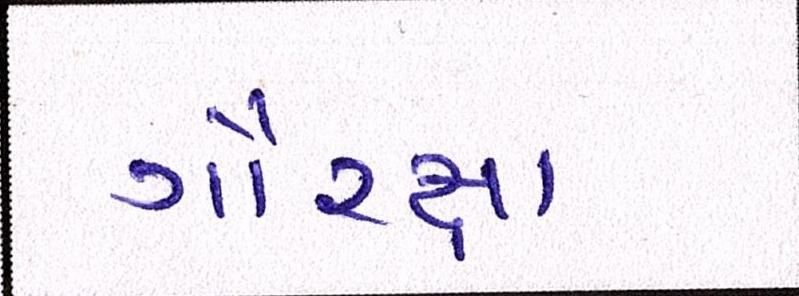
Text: ગૌરક્ષા